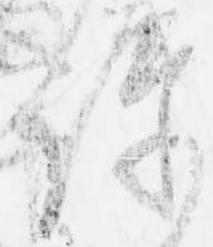
許